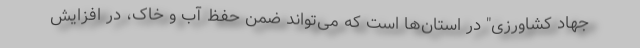
جهاد کشاورزی" در استان‌ها است که می‌تواند ضمن حفظ آب و خاک، در افزایش